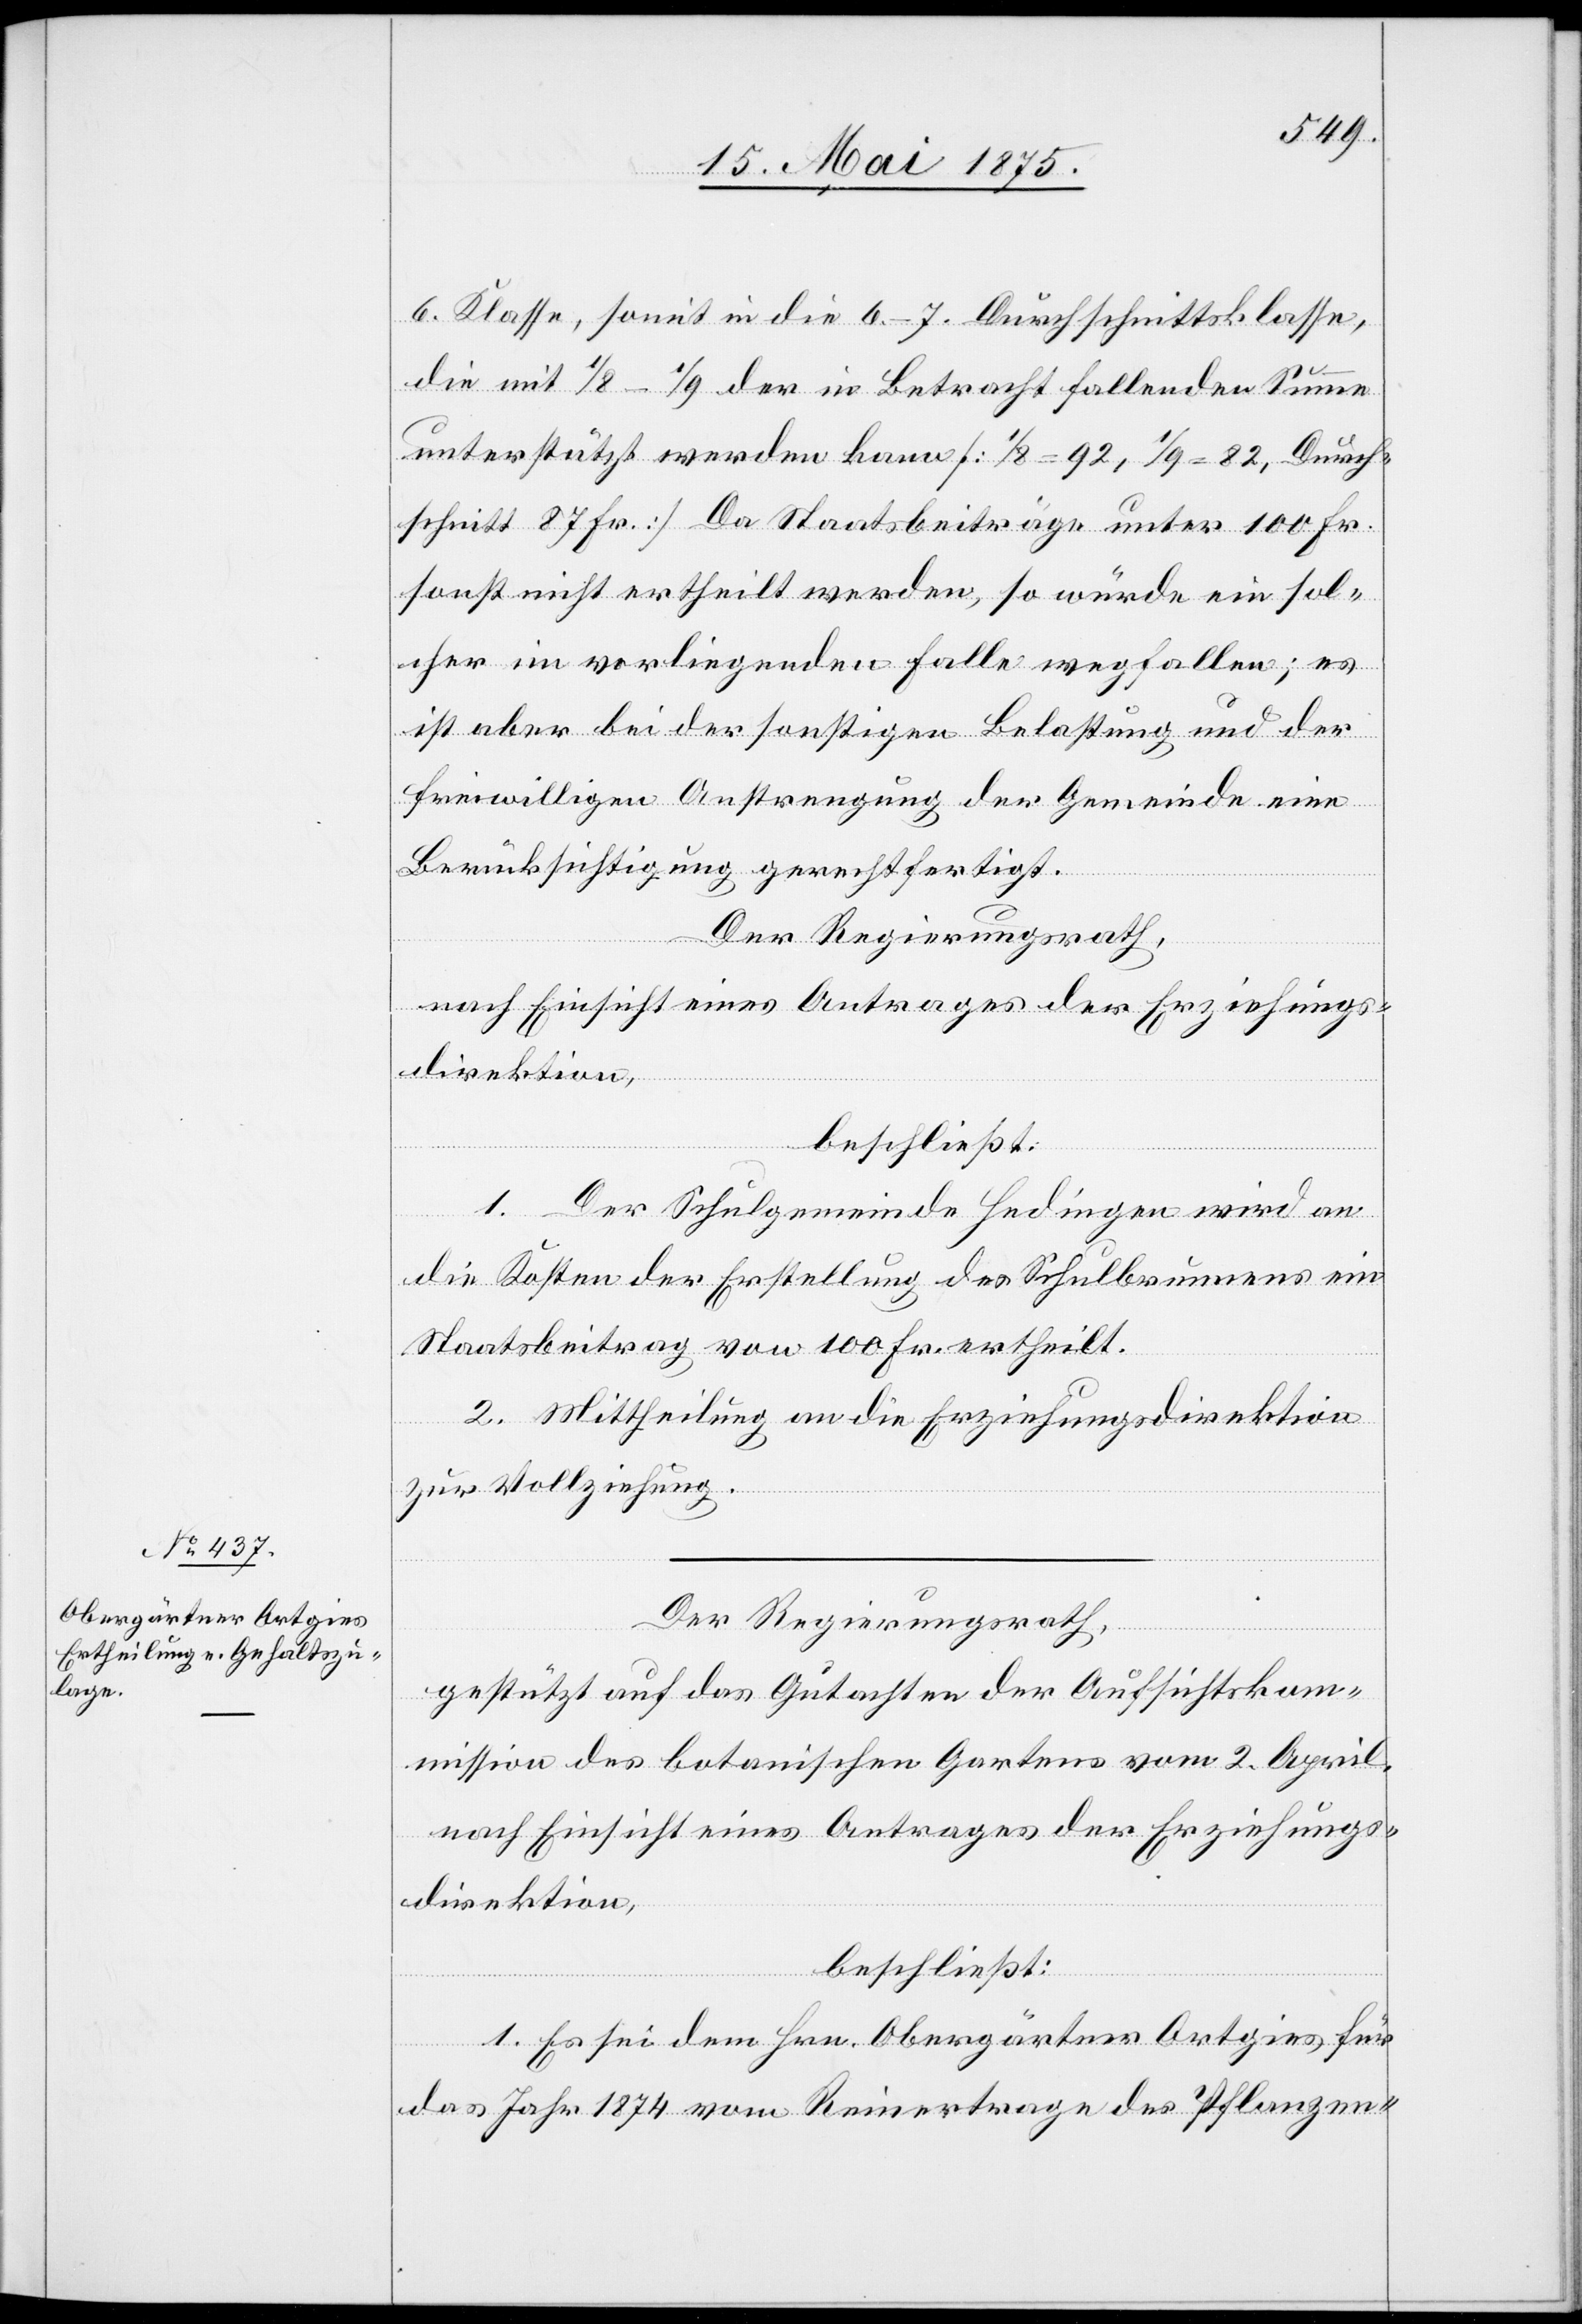
6. Klasse, somit in die 6.–7. Durchschnittsklasse,
die mit 1/8–1/9 der in Betracht fallenden Summe
unterstützt werden kann [1/8 = 92, 1/9 = 82, Durch¬
schnitt 87 Fr.] Da Staatsbeiträge unter 100 Fr.
sonst nicht ertheilt werden, so würde ein sol¬
cher im vorliegenden Falle wegfallen; es
ist aber bei der sonstigen Belastung und der
freiwilligen Anstrengung der Gemeinde eine
Berücksichtigung gerechtfertigt.
Der Regierungsrath,
nach Einsicht eines Antrages der Erziehungs¬
direktion,
beschließt:
1. Der Schulgemeinde Hedingen wird an
die Kosten der Erstellung des Schulbrunnens ein
Staatsbeitrag von 100 Fr. ertheilt.
2. Mittheilung an die Erziehungsdirektion
zur Vollziehung.
Der Regierungsrath,
gestützt auf das Gutachten der Aufsichtskom¬
mission des botanischen Gartens vom 2. April,
nach Einsicht eines Antrages der Erziehungs¬
direktion,
beschließt:
1. Es sei dem Hrn. Obergärtner Ortgies für
das Jahr 1874 vom Reinertrage des Pflanzen-